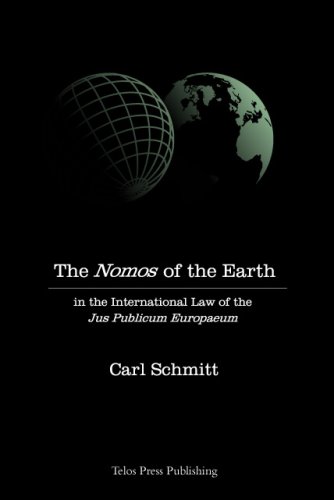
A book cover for The Nomos of the Earth in the International Law of Jus Publicum Europaeum; Carl Schmitt; Law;